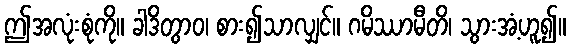
ဤအလုံးစုံကို။ ခါဒိတွာဝ၊ စား၍သာလျှင်။ ဂမိဿာမီတိ၊ သွားအံ့ဟူ၍။